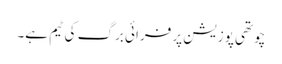
چوتھی پوزیشن پر فرائی برگ کی ٹیم ہے۔